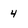
Character: 4